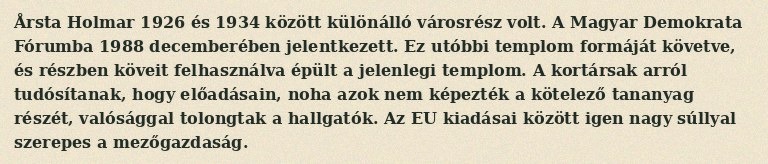
Årsta Holmar 1926 és 1934 között különálló városrész volt. A Magyar Demokrata Fórumba 1988 decemberében jelentkezett. Ez utóbbi templom formáját követve, és részben köveit felhasználva épült a jelenlegi templom. A kortársak arról tudósítanak, hogy előadásain, noha azok nem képezték a kötelező tananyag részét, valósággal tolongtak a hallgatók. Az EU kiadásai között igen nagy súllyal szerepes a mezőgazdaság.